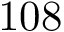
1 0 8